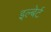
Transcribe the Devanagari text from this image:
इल्बेर्ट